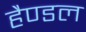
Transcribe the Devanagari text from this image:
हैण्डल